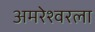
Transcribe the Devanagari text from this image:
अमरेश्वरला